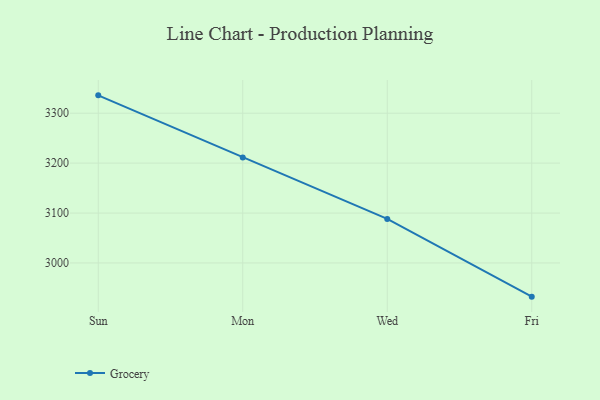
{"axis": {"x": "Day", "y": "Customer Acquisition Cost (USD)"}, "legend": ["Grocery"], "data": [{"x": "Sun", "y": 3335.8, "type": "Grocery"}, {"x": "Mon", "y": 3211.5, "type": "Grocery"}, {"x": "Wed", "y": 3088.3, "type": "Grocery"}, {"x": "Fri", "y": 2932.5, "type": "Grocery"}]}